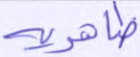
ظاهرية